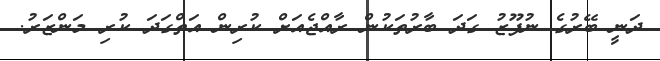
ދަނީ ބޭރުގެ ނުފޫޒު ގަދަ ބާރުތަކުން ރާއްޖެއަށް ކުރިން އަތްގަދަ ކުރި މަންޒަރު.